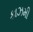
કાઝમી